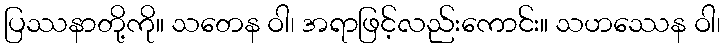
ပြဿနာတို့ကို။ သတေန ဝါ၊ အရာဖြင့်လည်းကောင်း။ သဟဿေန ဝါ၊